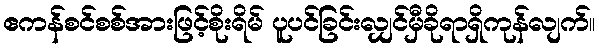
ဧကန်စင်စစ်အားဖြင့်စိုးရိမ် ပူပင်ခြင်းလျှင်မှီခိုရာရှိကုန်လျက်။